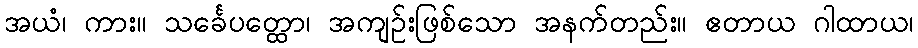
အယံ၊ ကား။ သင်္ခေပတ္ထော၊ အကျဉ်းဖြစ်သော အနက်တည်း။ ဧတာယ ဂါထာယ၊